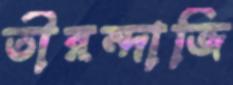
তীরন্দাজি